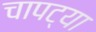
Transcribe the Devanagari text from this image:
चापट्या